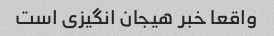
واقعا خبر هیجان انگیزی است